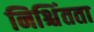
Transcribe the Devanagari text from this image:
निश्चिंतता